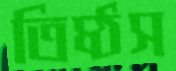
তিষ্ঠস